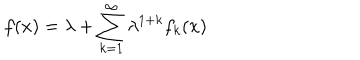
f ( x ) = \lambda + \sum _ { k = 1 } ^ { \infty } \lambda ^ { 1 + k } f _ { k } ( x )